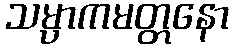
သမ္ပာကမတ္တနော